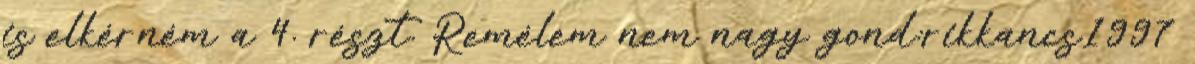
is elkérném a 4. részt. Remélem nem nagy gond:rikkancs1997